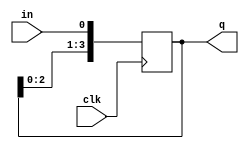
module shiftreg4_lsb_in (
   input clk,
   input in,
   output reg [3:0] q
   );
   
   initial q = 0;
   
   always @(posedge clk)
      q <= {q[2:0], in};
      
endmodule